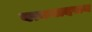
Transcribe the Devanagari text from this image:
वत्कलदसन